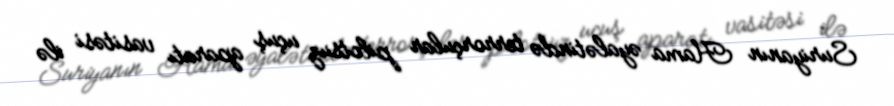
Suriyanın Hama əyalətində terrorçular pilotsuz uçuş aparatı vasitəsi ilə